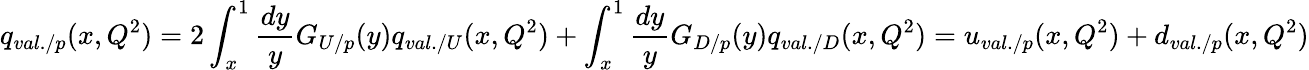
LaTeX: q_{val./p}(x,Q^{2})=2\int_{x}^{1}\frac{dy}{y}G_{U/p}(y)q_{val./U}(x,Q^{2})+\int_{x}^{1}\frac{dy}{y}G_{D/p}(y)q_{val./D}(x,Q^{2})=u_{val./p}(x,Q^{2})+d_{val./p}(x,Q^{2})